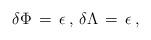
LaTeX: \begin{align*}\delta \Phi\,=\,\epsilon \,,\,\delta \Lambda\,=\,\epsilon\,,\end{align*}